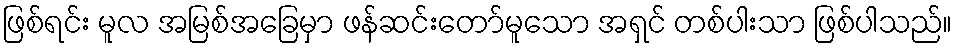
ဖြစ်ရင်း မူလ အမြစ်အခြေမှာ ဖန်ဆင်းတော်မူသော အရှင် တစ်ပါးသာ ဖြစ်ပါသည်။